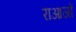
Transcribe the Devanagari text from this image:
राआजों